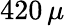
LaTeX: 420\, \mu